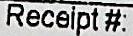
RECELPT#: